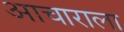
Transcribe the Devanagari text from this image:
आचाराला